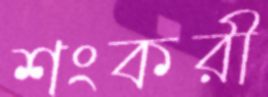
শংকরী